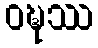
ဝဍ္ဎဿ